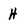
Character: H